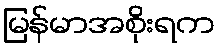
မြန်မာအစိုးရက